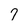
Character: 7